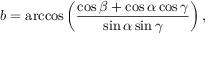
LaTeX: b = \operatorname { a r c c o s } \left( { \frac { \cos \beta + \cos \alpha \cos \gamma } { \sin \alpha \sin \gamma } } \right) ,